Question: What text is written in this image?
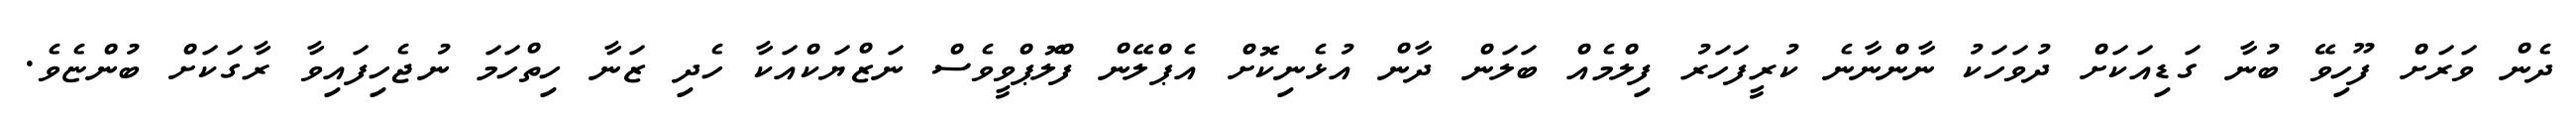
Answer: ދެން ވަރަށް ފޫހިވޭ ބުނާ ގަޑިއަކަށް ދުވަހަކު ނާންނާނެ ކުރީފަހަރު ފިލްމެއް ބަލަން ދާން އުޅެނިކޮށް އެޕްލޭން ފްލޮޕްވީވެސް ނަޒްޔަކްއަކާ ހެދި ޒަނާ ހިތްހަމަ ނުޖެހިފައިވާ ރާގަކަށް ބުންޏެވެ.